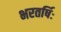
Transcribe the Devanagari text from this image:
भरतर्षिः